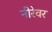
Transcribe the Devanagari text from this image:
नीरेवर